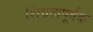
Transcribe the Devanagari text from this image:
शिग्रतापूर्वक